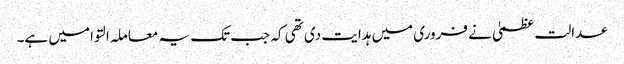
عدالت عظمیٰ نے فروری میں ہدایت دی تھی کہ جب تک یہ معاملہ التوا میں ہے۔